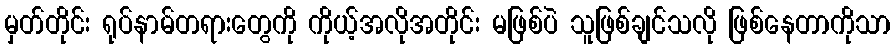
မှတ်တိုင်း ရုပ်နာမ်တရားတွေကို ကိုယ့်အလိုအတိုင်း မဖြစ်ပဲ သူဖြစ်ချင်သလို ဖြစ်နေတာကိုသာ